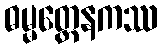
ဓမ္မတ္ထေနကဿ